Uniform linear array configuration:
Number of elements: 12
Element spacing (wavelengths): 1
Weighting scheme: blackman
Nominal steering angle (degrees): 0
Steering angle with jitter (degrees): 1.654
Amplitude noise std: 0.05
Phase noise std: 0.05

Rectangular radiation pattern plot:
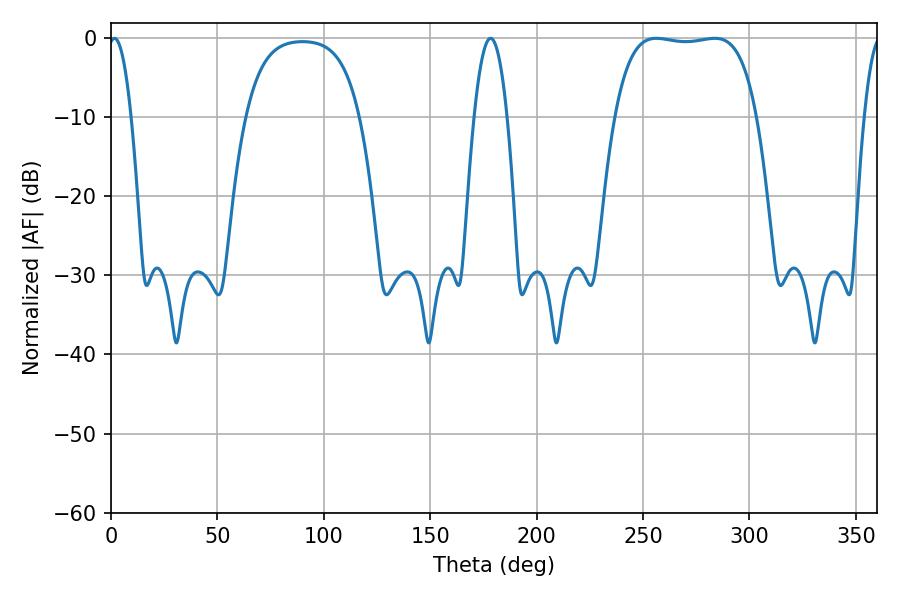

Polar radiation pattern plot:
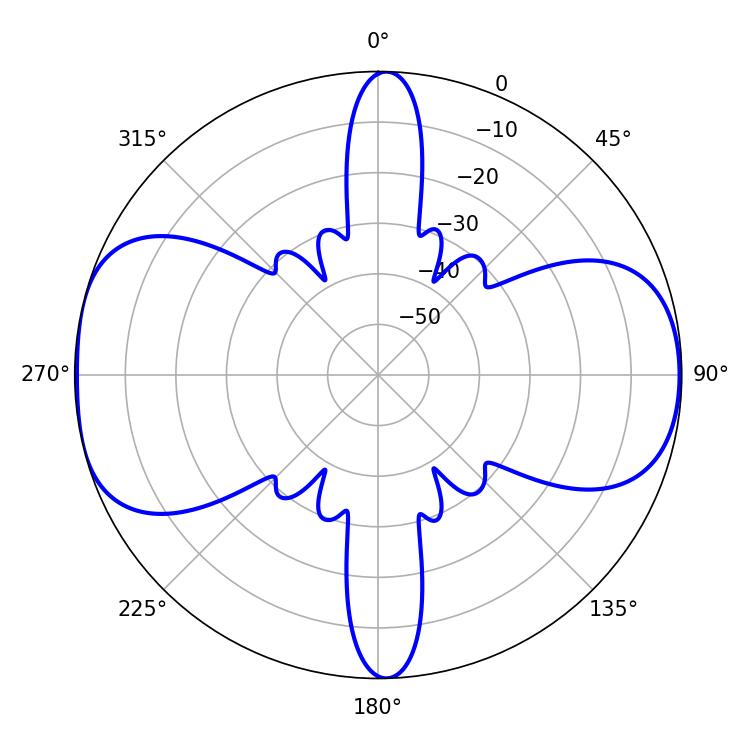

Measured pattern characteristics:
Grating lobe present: TRUE
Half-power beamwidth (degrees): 52.56
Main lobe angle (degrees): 256.32